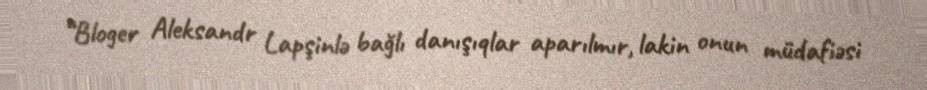
“Bloger Aleksandr Lapşinlə bağlı danışıqlar aparılmır, lakin onun müdafiəsi